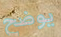
يوضح